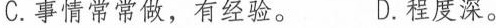
C.事情常常做，有经验。